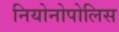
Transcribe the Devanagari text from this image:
नियोनोपोलिस